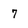
Character: 7